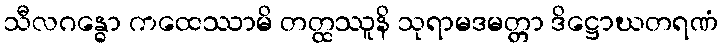
သီလဂန္ဓော ကထေဿာမိ တတ္ထဿူနိ သုရာမဒမတ္တာ ဒိဋ္ဌောဃတရဏံ